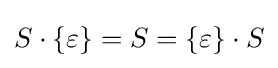
S\cdot \{\varepsilon \}=S=\{\varepsilon \}\cdot S